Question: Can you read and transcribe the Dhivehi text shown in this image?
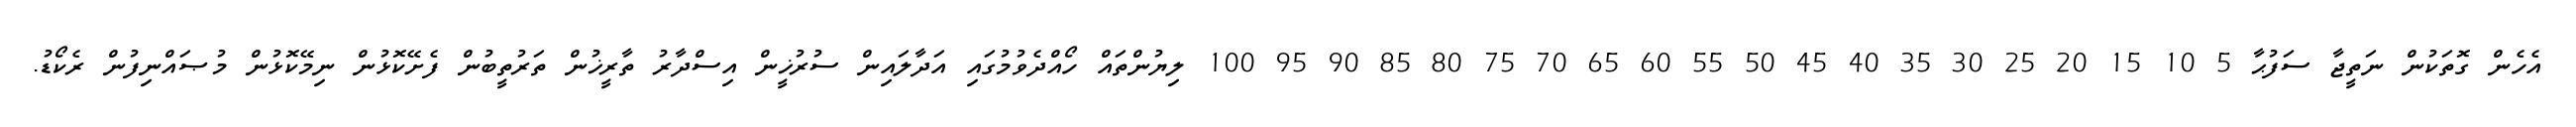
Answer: އެހެން ގޮތަކުން ނަތީޖާ ސަފުޙާ 5 10 15 20 25 30 35 40 45 50 55 60 65 70 75 80 85 90 95 100 ލިޔުންތައް ހޯއްދެވުމުގައި އަދާލައިން ސުރުޚީން އިސްދާރު ތާރީޚުން ތަރުތީބުން ފެށޭކޮޅުން ނިމޭކޮޅުން މުޞައްނިފުން ރެކޯޑު.